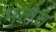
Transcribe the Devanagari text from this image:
भलेच